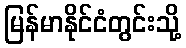
မြန်မာနိုင်ငံတွင်းသို့